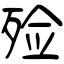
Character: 殓